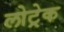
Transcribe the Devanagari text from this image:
लोट्रेक